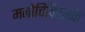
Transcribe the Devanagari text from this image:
मनोचिकित्सके